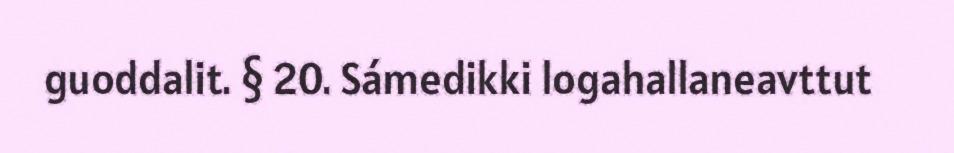
guoddalit. § 20. Sámedikki logahallaneavttut